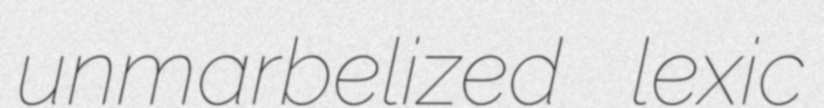
unmarbelized lexic